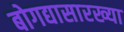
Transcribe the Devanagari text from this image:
बोगद्यासारख्या